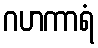
ဂဟကာရံ